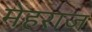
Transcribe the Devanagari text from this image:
मेहराज